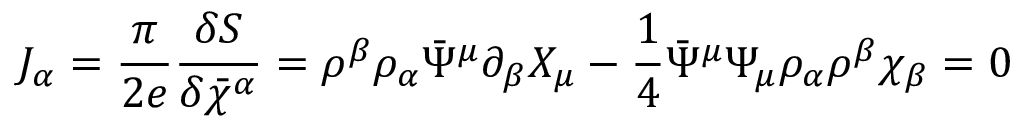
J _ { \alpha } = \frac { \pi } { 2 e } \frac { \delta S } { \delta \bar { \chi } ^ { \alpha } } = \rho ^ { \beta } \rho _ { \alpha } \bar { \Psi } ^ { \mu } \partial _ { \beta } X _ { \mu } - \frac { 1 } { 4 } \bar { \Psi } ^ { \mu } \Psi _ { \mu } \rho _ { \alpha } \rho ^ { \beta } \chi _ { \beta } = 0